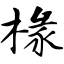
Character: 椽